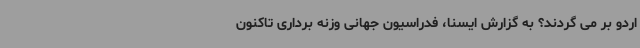
اردو بر می گردند؟ به گزارش ایسنا، فدراسیون جهانی وزنه برداری تاکنون